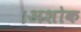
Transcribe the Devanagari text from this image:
।अशोक